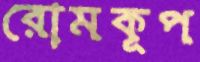
রোমকূপ